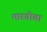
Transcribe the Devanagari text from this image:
मारगोवा